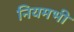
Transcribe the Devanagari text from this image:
नियमभी